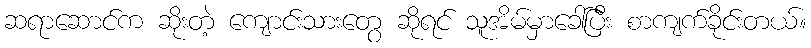
ဆရာဆောင်က ဆိုးတဲ့ ကျောင်းသားတွေ ဆိုရင် သူအိမ်မှာခေါ်ပြီး စာကျက်ခိုင်းတယ်။